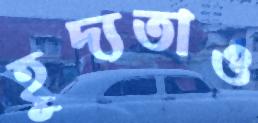
হূদ্যতাও